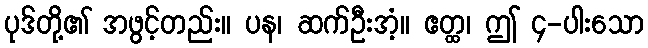
ပုဒ်တို့၏ အဖွင့်တည်း။ ပန၊ ဆက်ဦးအံ့။ ဧတ္ထ၊ ဤ ၄-ပါးသော